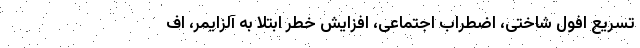
تسریع افول شاختی، اضطراب اجتماعی، افزایش خطر ابتلا به آلزایمر، اف